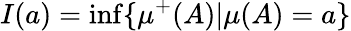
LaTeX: I(a)=\operatorname*{inf}\{ \mu^{+}(A)|\mu(A)=a\}